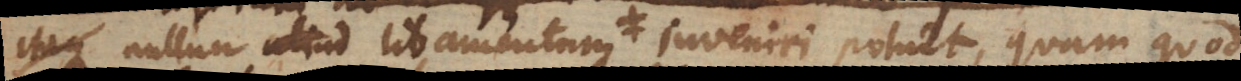
Itaque nullum aliud libamentum inveniri potuit, quam quod